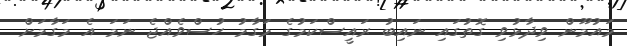
މައުމޫން ވިދާޅުވި ގޮތުގައި ނައިބު ރައީސްކަމުގެ މަގާމު ހުސްވެއްޖެ ނަމަ އެ މަގާމަށް